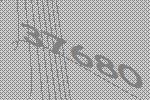
37680